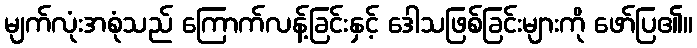
မျက်လုံးအစုံသည် ကြောက်လန့်ခြင်းနှင့် ဒေါသဖြစ်ခြင်းများကို ဖော်ပြ၏။